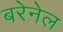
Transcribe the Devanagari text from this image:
बरेनेल